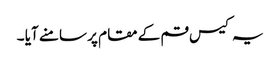
یہ کیس قم کے مقام پر سامنے آیا ۔